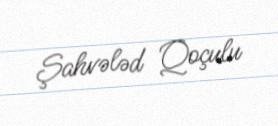
Şahvələd Qoçulu